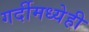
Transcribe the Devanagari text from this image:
गर्दीमध्येही